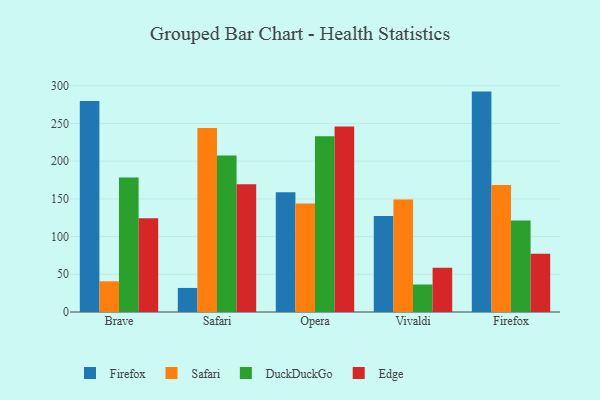
{"axis": {"x": "Browser", "y": "Tickets Resolved"}, "legend": ["DuckDuckGo", "Edge", "Firefox", "Safari"], "data": [{"x": "Brave", "y": 279.8, "type": "Firefox"}, {"x": "Brave", "y": 40.7, "type": "Safari"}, {"x": "Brave", "y": 178.2, "type": "DuckDuckGo"}, {"x": "Brave", "y": 124.2, "type": "Edge"}, {"x": "Safari", "y": 31.9, "type": "Firefox"}, {"x": "Safari", "y": 243.8, "type": "Safari"}, {"x": "Safari", "y": 207.4, "type": "DuckDuckGo"}, {"x": "Safari", "y": 169.4, "type": "Edge"}, {"x": "Opera", "y": 158.9, "type": "Firefox"}, {"x": "Opera", "y": 143.9, "type": "Safari"}, {"x": "Opera", "y": 233.1, "type": "DuckDuckGo"}, {"x": "Opera", "y": 245.9, "type": "Edge"}, {"x": "Vivaldi", "y": 127.3, "type": "Firefox"}, {"x": "Vivaldi", "y": 149.1, "type": "Safari"}, {"x": "Vivaldi", "y": 36.4, "type": "DuckDuckGo"}, {"x": "Vivaldi", "y": 58.8, "type": "Edge"}, {"x": "Firefox", "y": 292.2, "type": "Firefox"}, {"x": "Firefox", "y": 168.3, "type": "Safari"}, {"x": "Firefox", "y": 121.2, "type": "DuckDuckGo"}, {"x": "Firefox", "y": 77.2, "type": "Edge"}]}